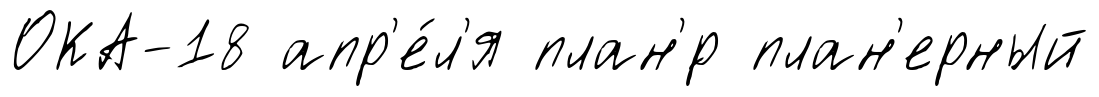
ОКА-18 апр'е́л'я план'́р план'ерный